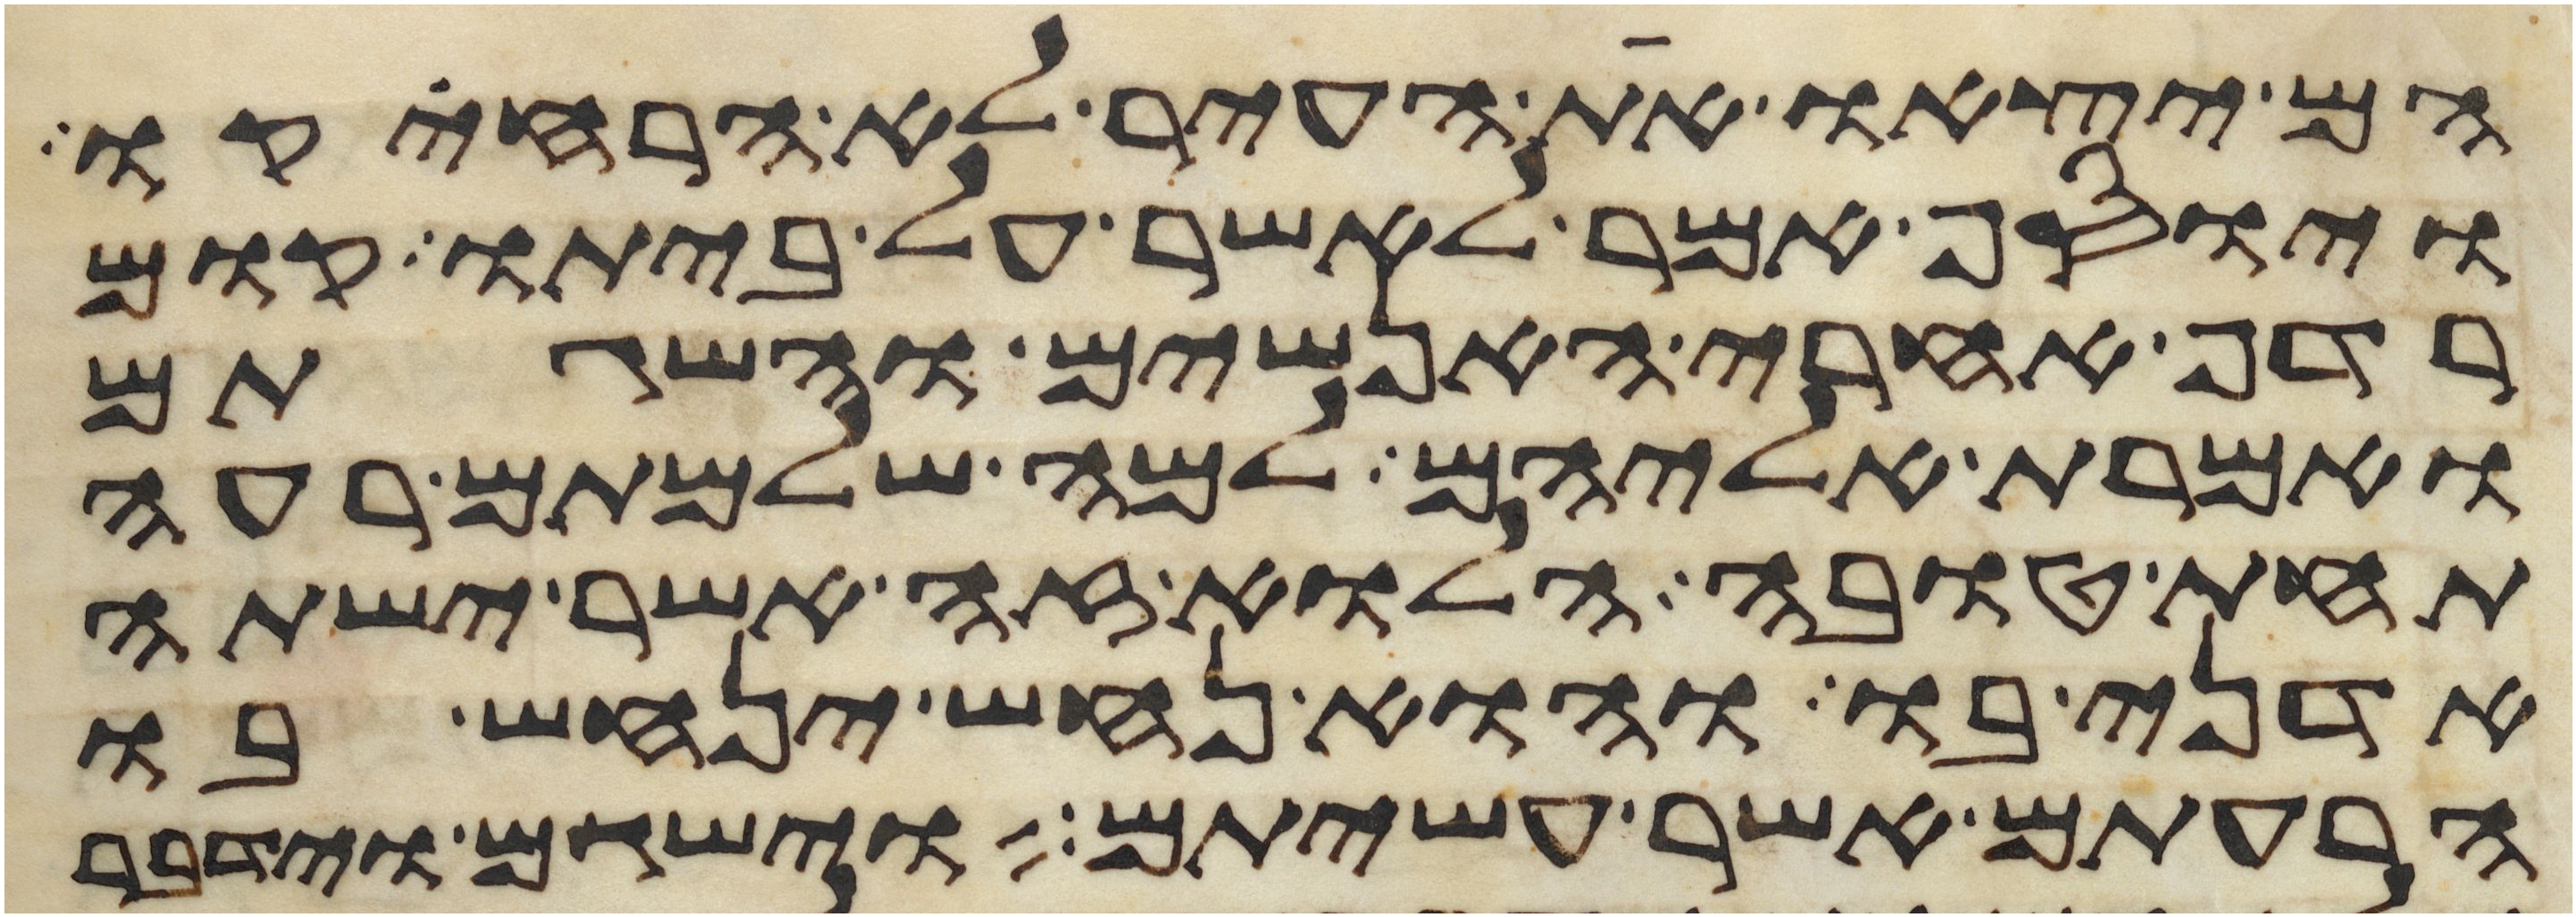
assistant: הם יצאו את העיר לא הרחיקו
ויוסף אמר לאשר על ביתו קום
רדף אחרי האנשים והשגתם
ואמרת אליהם למה שלמתם רעה
תחת טובה הלוא זה אשר ישתה
אדני בו והוא נחש ינחש בו
הרעתם אשר עשיתם וישגם וידבר